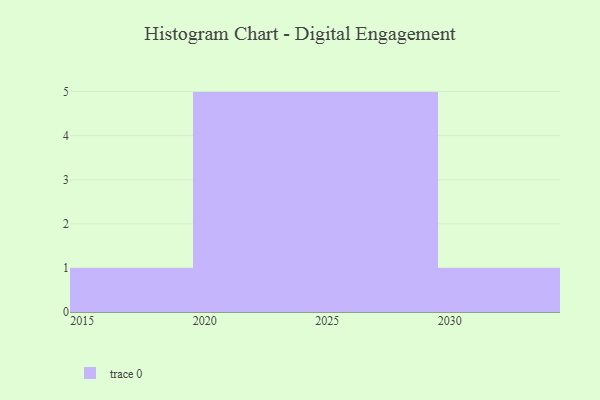
{"axis": {"x": "Year", "y": "Bounce Rate (%)"}, "legend": [""], "data": [{"x": "2017", "y": 21, "type": ""}, {"x": "2022", "y": 35, "type": ""}, {"x": "2023", "y": 75, "type": ""}, {"x": "2030", "y": 50, "type": ""}, {"x": "2028", "y": 43, "type": ""}, {"x": "2020", "y": 43, "type": ""}, {"x": "2021", "y": 67, "type": ""}, {"x": "2024", "y": 48, "type": ""}, {"x": "2027", "y": 72, "type": ""}, {"x": "2026", "y": 12, "type": ""}, {"x": "2029", "y": 7, "type": ""}, {"x": "2025", "y": 71, "type": ""}]}